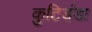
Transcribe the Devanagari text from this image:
कुटिडंडा